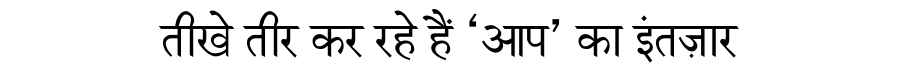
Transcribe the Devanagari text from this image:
तीखे तीर कर रहे हैं ‘आप’ का इंतज़ार